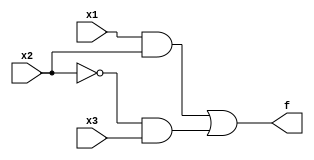
module expt1(f,x1,x2,x3); 

input x1,x2,x3; 
output f; 
and (g,x1,x2); 
not (y,x2); 
and (h,y,x3); 
or (f,g,h); 

endmodule